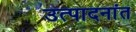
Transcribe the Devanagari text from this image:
उत्पादनांत